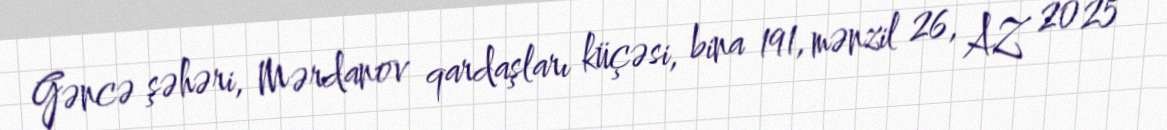
Gəncə şəhəri, Mərdanov qardaşları küçəsi, bina 191, mənzil 26, AZ 2025